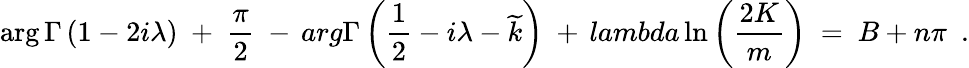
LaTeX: \arg\Gamma\left({1-2i\lambda}\right)\ +\ {\frac{\pi}{2}}\ -\, arg\Gamma\left(\frac{1}{2}-i\lambda-\widetilde{k}\right)\ +\, lambda\ln\left({\frac{2K}{m}}\right)\ =\ B+n\pi\ \ .